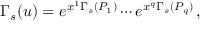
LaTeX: \Gamma _ { s } ( u ) = e ^ { x ^ { 1 } \Gamma _ { s } ( P _ { 1 } ) } \cdots e ^ { x ^ { q } \Gamma _ { s } ( P _ { q } ) } \, ,